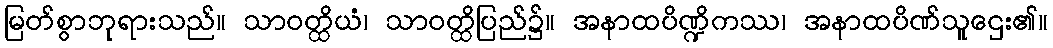
မြတ်စွာဘုရားသည်။ သာဝတ္ထိယံ၊ သာဝတ္ထိပြည်၌။ အနာထပိဏ္ဍိကဿ၊ အနာထပိဏ်သူဌေး၏။